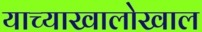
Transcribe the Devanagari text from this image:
याच्याखालोखाल